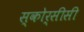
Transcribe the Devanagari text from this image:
स्कोर्सीसी